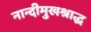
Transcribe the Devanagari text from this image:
नान्दीमुखश्राद्ध